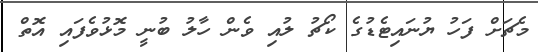
މެޗަށް ފަހު ޔުނައިޓެޑުގެ ކޯޗު ލުއި ވެން ހާލު ބުނީ މޮޅުވެފައި އޮތް